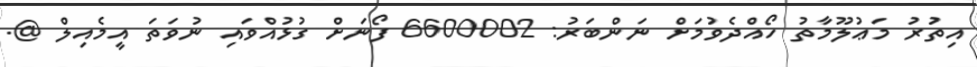
އިތުރު މަޢުލޫމާތު ހޯއްދެވުމަށް ނަންބަރު: 6600002 ފޯނަށް ގުޅުއްވައި ނުވަތަ އީމެއިލް @.